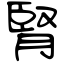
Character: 腎